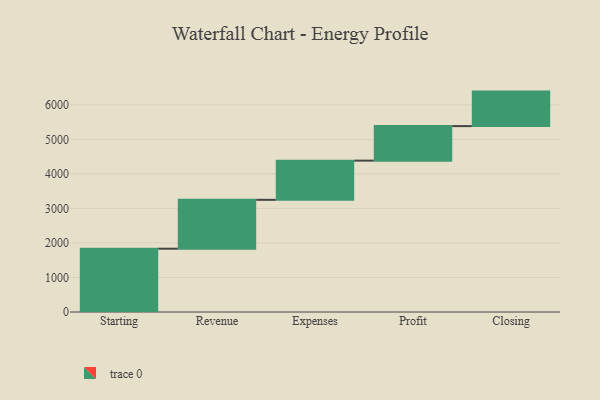
{"axis": {"x": "Step", "y": "Value"}, "legend": [""], "data": [{"x": "Starting", "y": 1834.0, "type": ""}, {"x": "Revenue", "y": 1416.0, "type": ""}, {"x": "Expenses", "y": 1136.0, "type": ""}, {"x": "Profit", "y": 1000, "type": ""}, {"x": "Closing", "y": 1000, "type": ""}]}